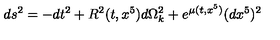
d s ^ { 2 } = - d t ^ { 2 } + R ^ { 2 } ( t , x ^ { 5 } ) d \Omega _ { k } ^ { 2 } + e ^ { { \mu } ( t , x ^ { 5 } ) } ( d x ^ { 5 } ) ^ { 2 }